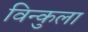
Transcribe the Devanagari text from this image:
विन्कुला